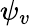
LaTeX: \psi_{v}